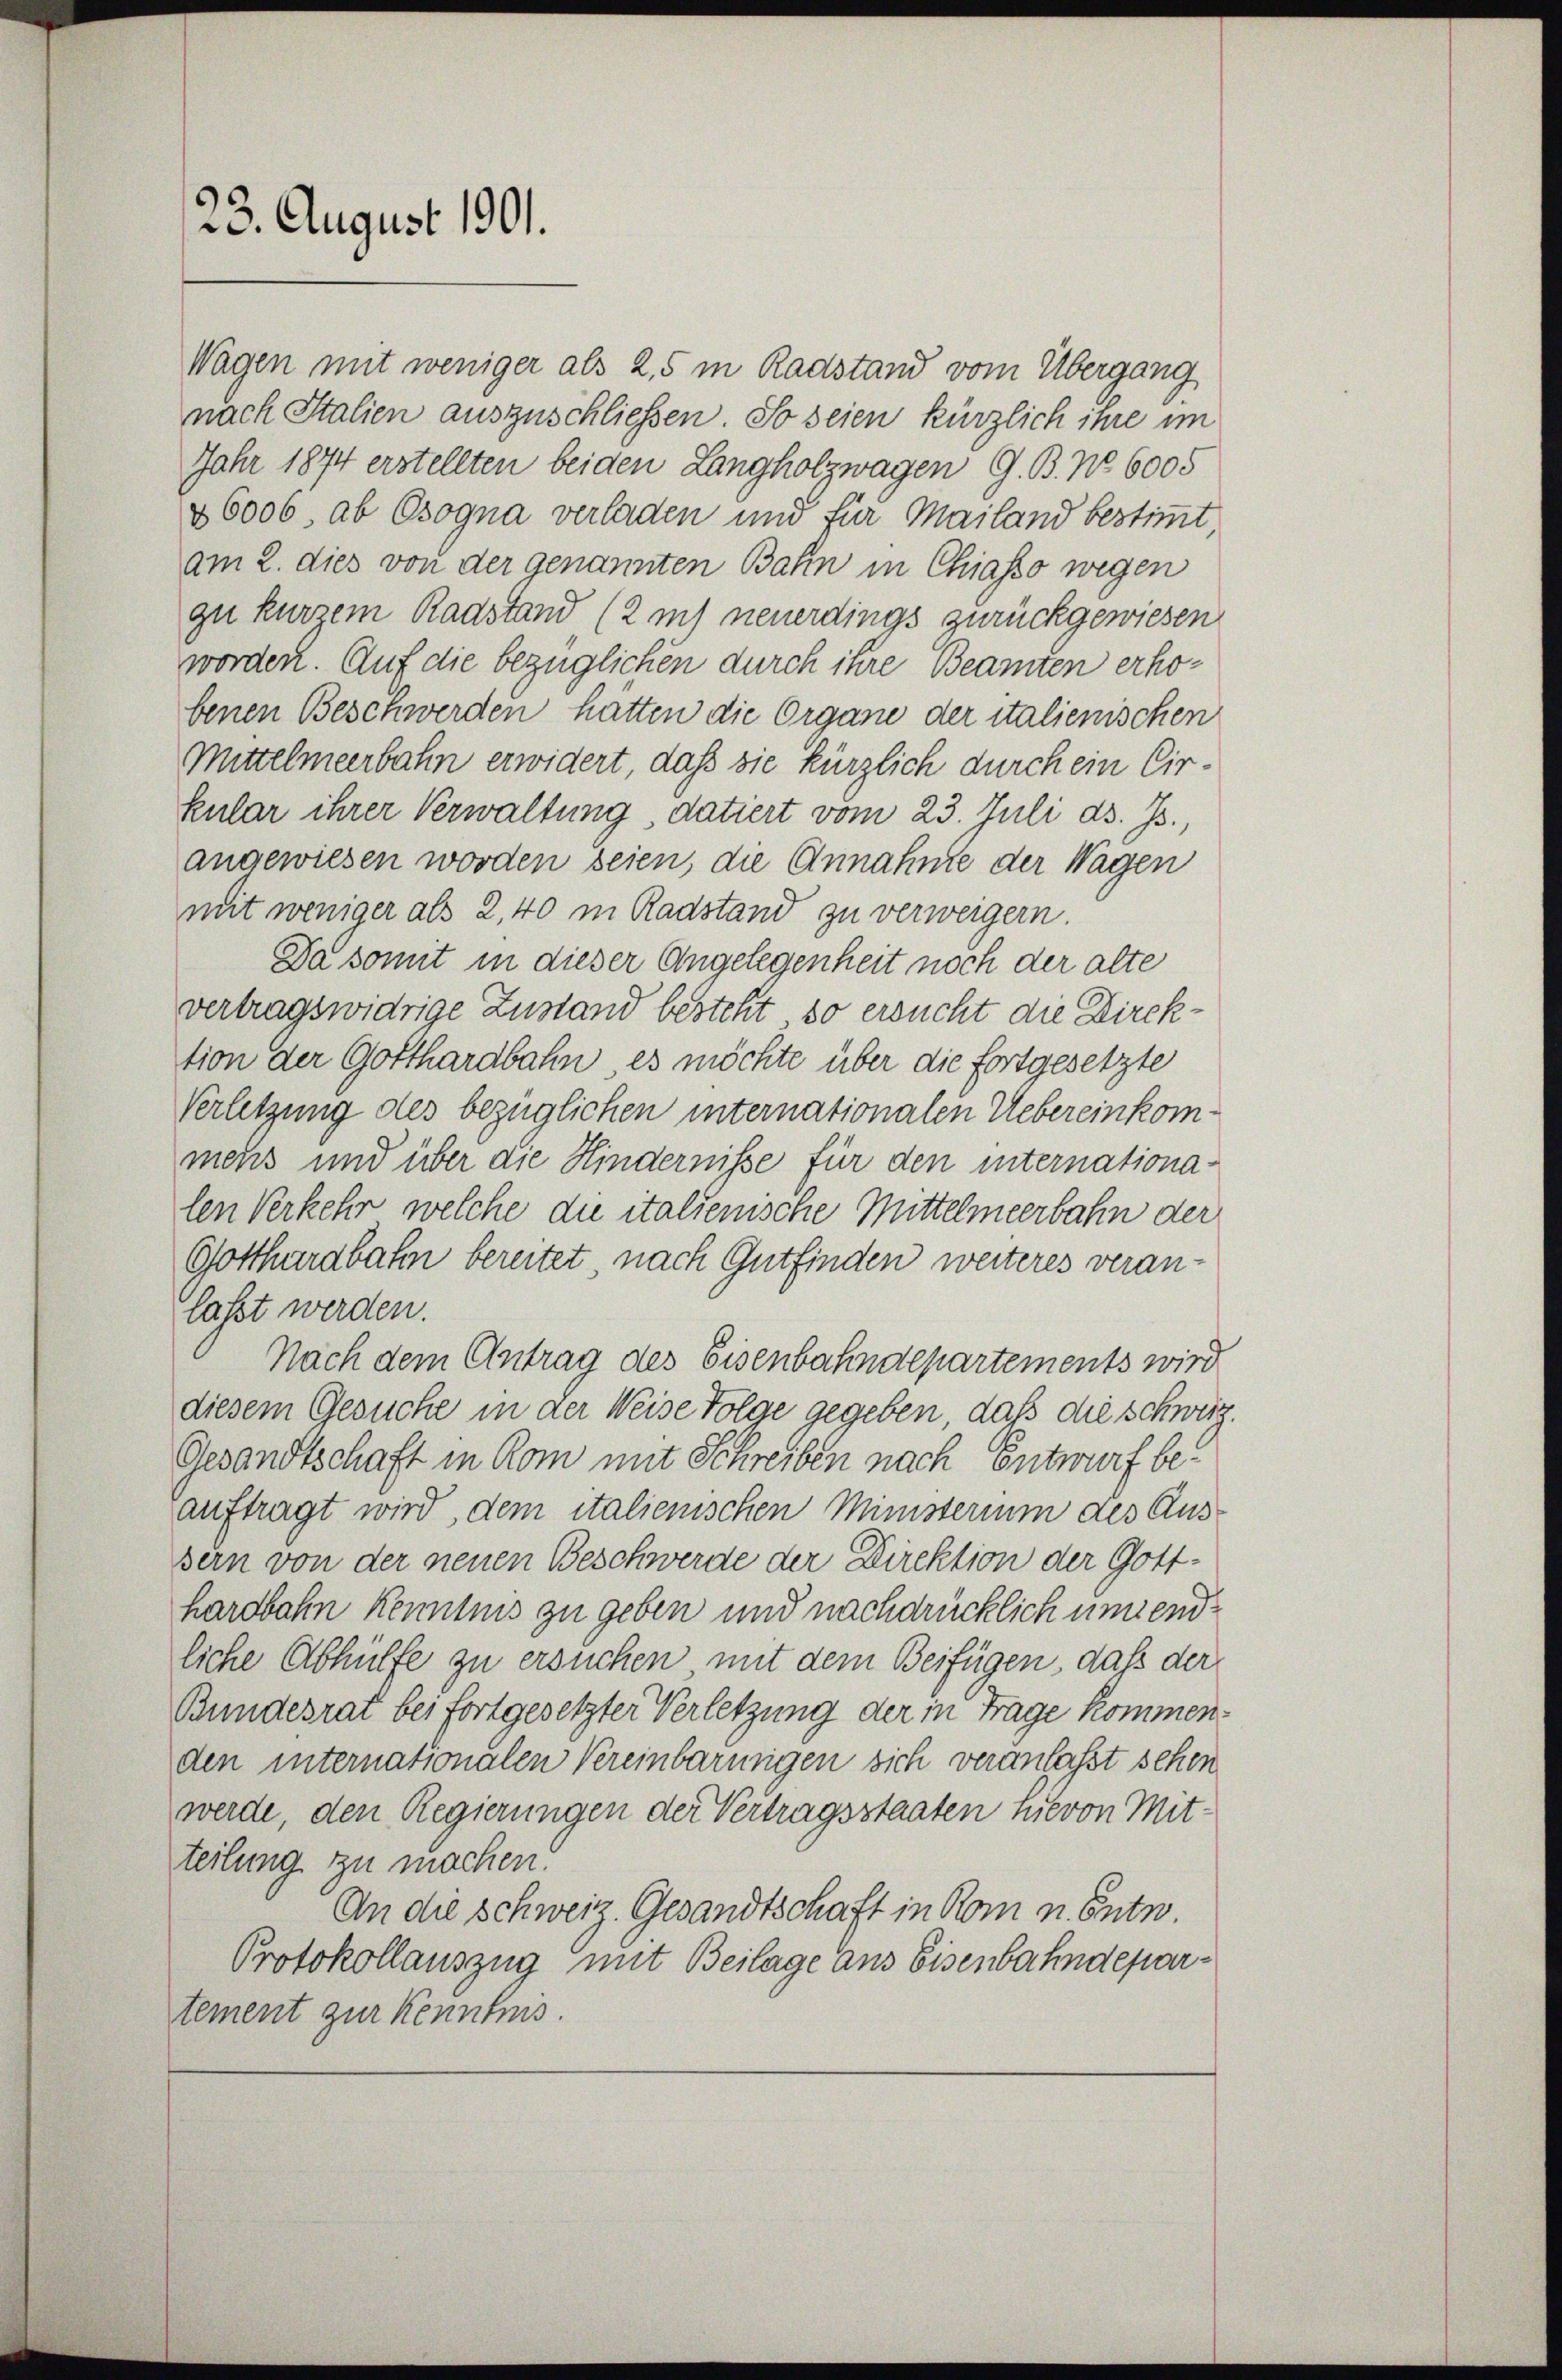
23. August 1901.

nach Italien auszuschließen. So seien kürzlich ihre im
Jahr 1874 erstellten beiden Langholzwagen G. B. No 6005
46006, ab Osogna verladen und für Mailand bestimmt
am 2. dies von der genannten Bahn in Chiasso wegen
gu kurzem Radstand (2 m neuerdings zurückgewiesen.
worden. Auf die bezüglichen durch ihre Beamten erhobenen Beschwerden hatten die Organe der italienischen
Mittelmeerbahn erwidert, daß sie kürzlich durch ein Cirkular ihrer Verwaltung, datiert vom 23. Juli d. Js.,
angewiesen worden seien, die Annahme der Wagen
mit weniger als 2, 40 in Radstand zu verweigern.
Da somit in dieser Angelegenheit noch der alte
vertragswidrige Zustand besteht, so ersucht die Direktion der Gotthardbahn, es möchte über die fortgesetzte
Verletzung des bezüglichen internationalen Uebereinkommens und über die Hindernisse für den internationalen Verkehr welche die italienische Mittelmeerbahn der
Gotthardbahn bereitet, nach Gutfinden weiteres veranlaßt werden.
Nach dem Antrag des Eisenbahndepartements wird
diesem Gesuche in der Weise Folge gegeben, daß die schweiz.
Gesandtschaft in Rom mit Schreiben nach Entwurf beauftragt wird, dem italienischen Ministerium des Aus-
sern von der neuen Beschwerde der Direktion der Gotthardbahn kenntnis zu geben und nachdrücklich unend
liche Abhülfe zu ersuchen mit dem Beifügen, daß der
Bundesrat bei fortgesetzter Verletzung der in Frage kommenden internationalen Vereinbarungen sich veranfasst sehen.
werde, den Regierungen der Vertragsstaaten hievon Mit-
teilung zu machen.
An die schweiz. Gesandtschaft in Rom n. Entn.
Protokollauszug mit Beilage aus Eisenbahndepartement zur Kenntnis.

Wagen mit weniger als 25 in Radstand vom Übergang